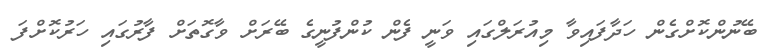
ބޭނުންކޮށްގެން ހަދާފައިވާ މިއުރަލްގައި ވަނީ ފެން ކުންފުނީގެ ބޭރަށް ވާގޮތަށް ފާރުގައި ހަރުކޮށްފަ